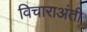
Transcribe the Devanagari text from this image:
विचाराअंती